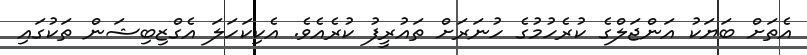
އެތަށް ބަޔަކު އަންޖަލްގެ ކުރެހުމުގެ ހުނަރަށް ތައުރީފު ކުރެއެވެ. އެކިކަހަލަ އެގްޒިބިޝަން ތަކުގައި